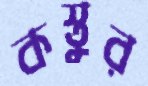
কস্তুর